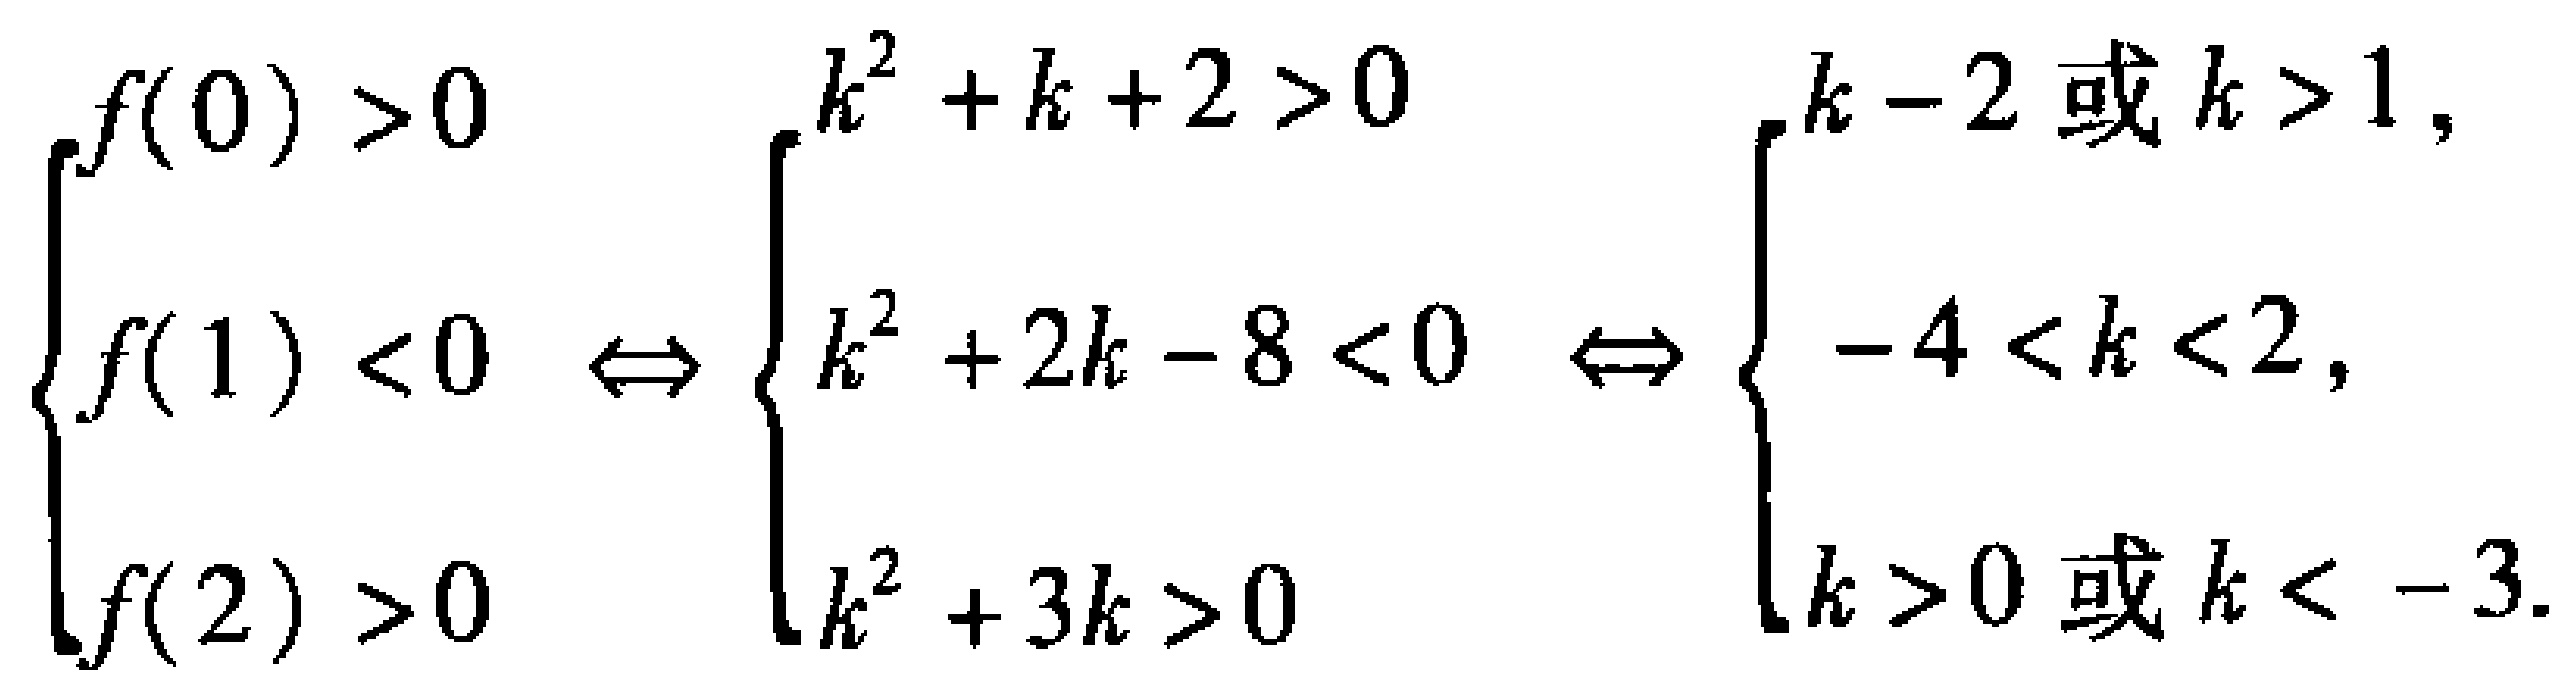
\(\begin{cases}

f(0)>0 \\

f(1)<0 \\

f(2)>0

\end{cases}\Leftrightarrow

\begin{cases}

k^{2}+k + 2>0 \\

k^{2}+2k - 8<0 \\

k^{2}+3k>0

\end{cases}\Leftrightarrow

\begin{cases}

k < -2\text{ 或 }k>1, \\

-4<k<2, \\

k>0\text{ 或 }k<-3.

\end{cases}\)